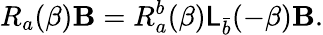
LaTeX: R_{a}(\beta)\mathbf{B}=R_{a}^{b}(\beta)\mathsf{L}_{\bar{{b}}}(-\beta)\mathbf{B}.